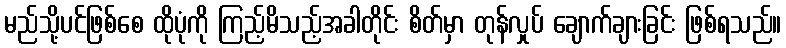
မည်သို့ပင်ဖြစ်စေ ထိုပုံကို ကြည့်မိသည့်အခါတိုင်း စိတ်မှာ တုန်လှုပ် ချောက်ချားခြင်း ဖြစ်ရသည်။